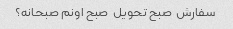
سفارش  صبح تحویل  صبح اونم صبحانه؟